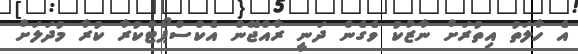
އެ ހާލަތު އިތުރަށް ނާޒުކު ވެގެން ދަނީ ރާއްޖޭން އެކްސްޕޯޓްކުރާ ކުރާ މުދަލަށް